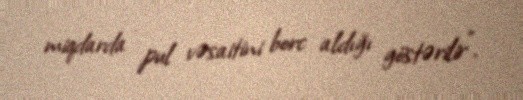
miqdarda pul vəsaitini borc aldığı göstərilir".